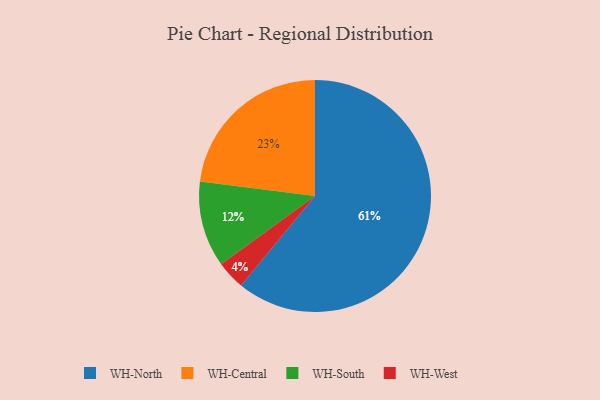
{"axis": {"x": "Category", "y": "Percentage"}, "legend": ["WH-Central", "WH-North", "WH-South", "WH-West"], "data": [{"x": "WH-South", "y": 12, "type": "WH-South"}, {"x": "WH-North", "y": 61, "type": "WH-North"}, {"x": "WH-West", "y": 4, "type": "WH-West"}, {"x": "WH-Central", "y": 23, "type": "WH-Central"}]}